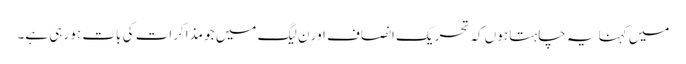
میں کہنا یہ چاہتا ہوں کہ تحریک انصاف اور ن لیگ میں جو مذاکرات کی بات ہو رہی ہے۔